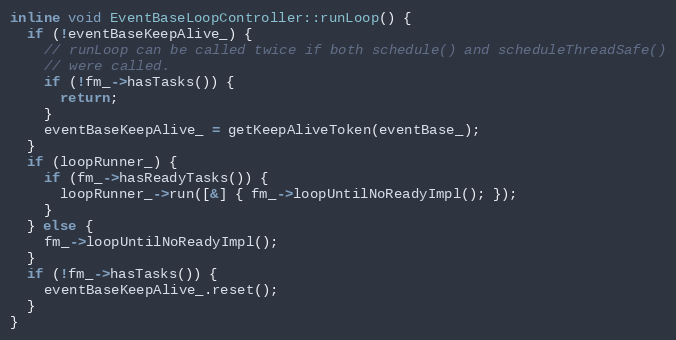
Language: C
inline void EventBaseLoopController::runLoop() {
  if (!eventBaseKeepAlive_) {
    // runLoop can be called twice if both schedule() and scheduleThreadSafe()
    // were called.
    if (!fm_->hasTasks()) {
      return;
    }
    eventBaseKeepAlive_ = getKeepAliveToken(eventBase_);
  }
  if (loopRunner_) {
    if (fm_->hasReadyTasks()) {
      loopRunner_->run([&] { fm_->loopUntilNoReadyImpl(); });
    }
  } else {
    fm_->loopUntilNoReadyImpl();
  }
  if (!fm_->hasTasks()) {
    eventBaseKeepAlive_.reset();
  }
}